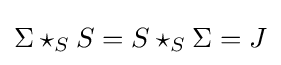
\Sigma \star _{S}S=S\star _{S}\Sigma =J